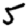
Digit: 5